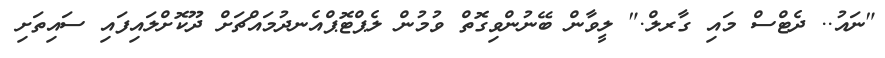
"ނައު.. ދެޓްސް މައި ގާރލް." ލީވާން ބޭނުންވިގޮތް ވުމުން ލެޕްޓޮޕްއެނދުމައްޗަށް ދޫކޮށްލައިފައި ސައިތަށި